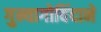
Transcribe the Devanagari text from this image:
गुन्यागोविंदाने